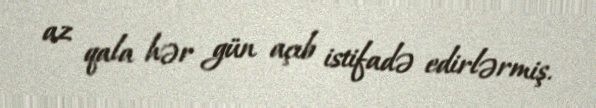
az qala hər gün açıb istifadə edirlərmiş.